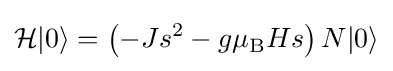
{\mathcal {H}}|0\rangle =\left(-Js^{2}-g\mu _{\rm {B}}Hs\right)N|0\rangle